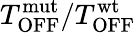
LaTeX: T_{\mathrm{OFF}}^{\mathrm{mut}}/T_{\mathrm{OFF}}^{\mathrm{wt}}